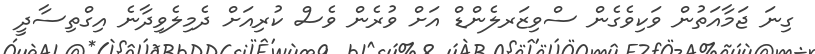
ގިނަ ޖަމާއަތުން ވަކިވެގެން ސްވިޒަރލެންޑް އަށް ވުރެން ވެސް ކުރިއަށް ދެމިލެވިދާނެ އިގްތިސާދީ